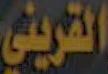
القريني